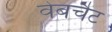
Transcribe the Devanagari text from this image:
वेबचैट